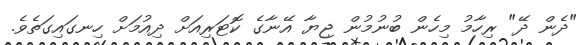
"ދެން ދޭ" ރިހާމު މިހެން ބުނުމުން ޖިޔާ އޭނާގެ ކޮޓަރިއަށް ދިއުމަށް ހިނގައިގަތެވެ.